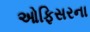
ઓફિસરના